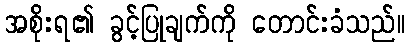
အစိုးရ၏ ခွင့်ပြုချက်ကို တောင်းခံသည်။